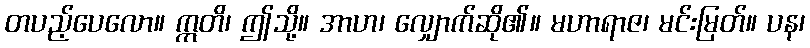
တပည့်ပေလော။ ဣတိ၊ ဤသို့။ အာဟ၊ လျှောက်ဆို၏။ မဟာရာဇ၊ မင်းမြတ်။ ပန၊